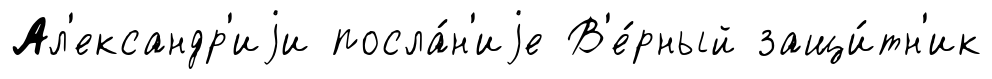
Ал'ександр'иjи посла́н'иjе В'е́рный защи́тн'ик